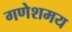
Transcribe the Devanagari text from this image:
गणेशमय